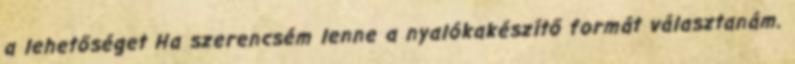
a lehetőséget Ha szerencsém lenne a nyalókakészítő formát választanám.